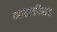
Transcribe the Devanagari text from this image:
भालकीसह